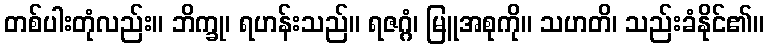
တစ်ပါးတုံလည်း။ ဘိက္ခု၊ ရဟန်းသည်။ ရဇဂ္ဂံ၊ မြူအစုကို။ သဟတိ၊ သည်းခံနိုင်၏။